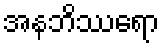
အနဘိဿရော